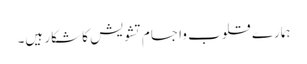
ہمارے قلوب واجسام تشویش کا شکار ہیں۔